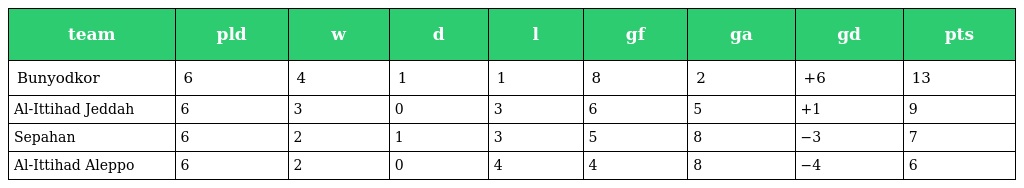
| team | pld | w | d | l | gf | ga | gd | pts |
 | --- | --- | --- | --- | --- | --- | --- | --- | --- |
 | Bunyodkor | 6 | 4 | 1 | 1 | 8 | 2 | +6 | 13 |
 | Al-Ittihad Jeddah | 6 | 3 | 0 | 3 | 6 | 5 | +1 | 9 |
 | Sepahan | 6 | 2 | 1 | 3 | 5 | 8 | −3 | 7 |
 | Al-Ittihad Aleppo | 6 | 2 | 0 | 4 | 4 | 8 | −4 | 6 |